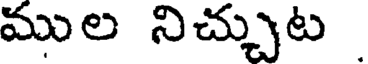
ముల నిచ్చుట